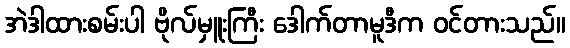
အဲဒါထားစမ်းပါ ဗိုလ်မှူးကြီး ဒေါက်တာမူဒီက ဝင်တားသည်။